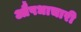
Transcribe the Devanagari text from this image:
औषधाचारी